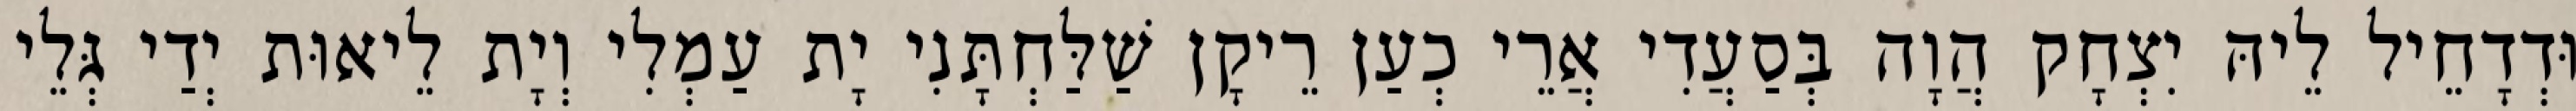
וּדְדָחֵיל לֵיהּ יִצְחָק הֲוָה בְּסַעֲדִי אֲרֵי כְעַן רֵיקָן שַׁלַּחְתָּנִי יָת עַמְלִי וְיָת לֵיאוּת יְדַי גְּלֵי